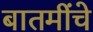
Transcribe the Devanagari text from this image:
बातमींचे